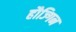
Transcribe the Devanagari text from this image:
हौज्गिन